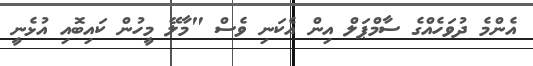
އެންމެ ދުވަހެއްގެ ސާމްޕަލް އިން އެކަނި ވެސް "މާލޭ މީހުން ކައިބޮއި އުޅެނީ